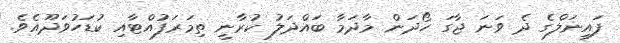
ފައިނަލްގެ ދެ ވަނަ ޖާގަ ހޯދަން މާދަމާ ބައްދަލު ކުރާނީ ތިމަރަފުއްޓާއި ކުޑަހުވަދޫއެވެ.